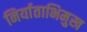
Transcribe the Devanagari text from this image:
निर्याताभिमुख